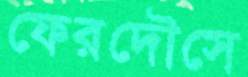
ফেরদৌসে